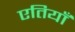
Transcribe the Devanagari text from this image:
एतियाँ